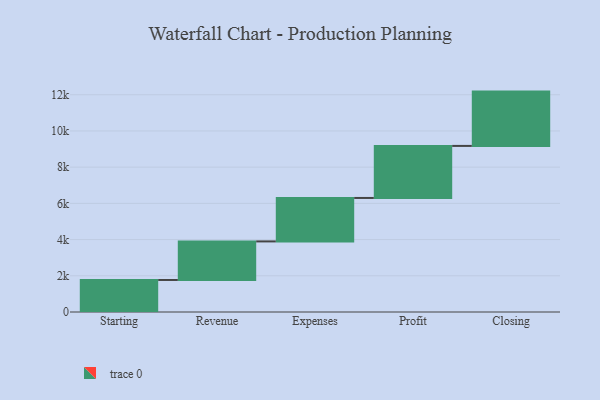
{"axis": {"x": "Step", "y": "Value"}, "legend": [""], "data": [{"x": "Starting", "y": 1769.0, "type": ""}, {"x": "Revenue", "y": 2130.0, "type": ""}, {"x": "Expenses", "y": 2400.0, "type": ""}, {"x": "Profit", "y": 2875.0, "type": ""}, {"x": "Closing", "y": 3000, "type": ""}]}